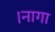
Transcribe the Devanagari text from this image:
।नागा